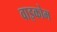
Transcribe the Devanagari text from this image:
वाइकोम